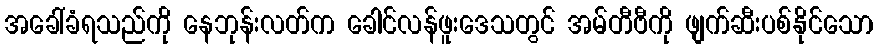
အခေါ်ခံရသည်ကို နေဘုန်းလတ်က ခေါင်လန်ဖူးဒေသတွင် အမ်တီဗီကို ဖျက်ဆီးပစ်နိုင်သော